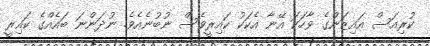
ކުރިއަސް އައިޒަންގެ ވާހަކަ އޭނާ އެކަކު ކައިރީވެސް ނުބުނެއެވެ. ނުދަންނަ ބައެއްގެ ކައިރީ